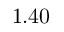
1 . 4 0